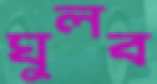
ঘুলব